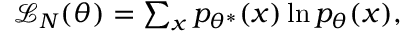
\begin{array} { r } { \mathcal { L } _ { N } ( \theta ) = \sum _ { x } p _ { \theta ^ { * } } ( x ) \ln p _ { \theta } ( x ) , } \end{array}